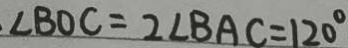
\angle B O C = 2 \angle B A C = 1 2 0 ^ { \circ }